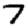
Digit: 7